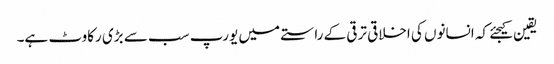
یقین کیجئے کہ انسانوں کی اخلاقی ترقی کے راستے میں یورپ سب سے بڑی رکاوٹ ہے۔